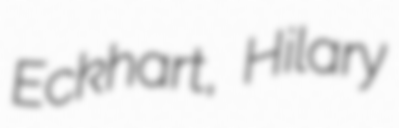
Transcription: Eckhart, Hilary